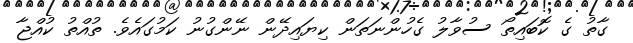
ގާތު ގެ ކޮބައިތޯ ސުވާލު ގެހުންނަތަން ކިޔައިދޭން ނޭންގުނު ކަމުގައެވެ. ތުއްތު ކުއްޖާ